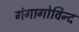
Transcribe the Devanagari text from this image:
गंगागोविन्द